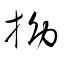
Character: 拗